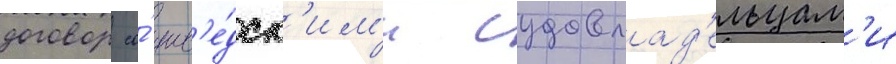
договор со́ шв'е́дск'им'и судовлад'ельцам'и